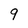
Character: 9